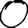
Digit: 0